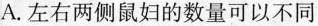
A.左右两侧鼠妇的数量可以不同